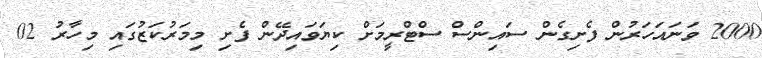
2000 ވަނައަހަރުން ފެށިގެން ސައިންސް ސްޓްރީމަށް ކިޔަވައިދޭން ފެށި މިމަރުކަޒުގައި މިހާރު 02